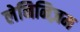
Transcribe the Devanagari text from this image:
लेनिनिज़म